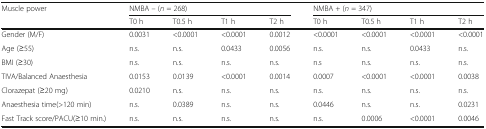
<table><thead><tr><td rowspan="2"><b>Muscle power</b></td><td colspan="4"><b>NMBA – (<i>n</i> = 268)</b></td><td colspan="4"><b>NMBA + (<i>n</i> = 347)</b></td></tr><tr><td><b>T0 h</b></td><td><b>T0.5 h</b></td><td><b>T1 h</b></td><td><b>T2 h</b></td><td><b>T0 h</b></td><td><b>T0.5 h</b></td><td><b>T1 h</b></td><td><b>T2 h</b></td></tr></thead><tbody><tr><td>Gender (M/F)</td><td>0.0031</td><td>&lt;0.0001</td><td>&lt;0.0001</td><td>0.0012</td><td>&lt;0.0001</td><td>&lt;0.0001</td><td>&lt;0.0001</td><td>&lt;0.0001</td></tr><tr><td>Age (≥55)</td><td>n.s.</td><td>n.s.</td><td>0.0433</td><td>0.0056</td><td>n.s.</td><td>n.s.</td><td>0.0433</td><td>n.s.</td></tr><tr><td>BMI (≥30)</td><td>n.s.</td><td>n.s.</td><td>n.s.</td><td>n.s.</td><td>n.s</td><td>n.s.</td><td>n.s.</td><td>n.s.</td></tr><tr><td>TIVA/Balanced Anaesthesia</td><td>0.0153</td><td>0.0139</td><td>&lt;0.0001</td><td>0.0014</td><td>0.0007</td><td>&lt;0.0001</td><td>&lt;0.0001</td><td>0.0038</td></tr><tr><td>Clorazepat (≥20 mg)</td><td>0.0210</td><td>n.s.</td><td>n.s.</td><td>n.s.</td><td>n.s.</td><td>n.s.</td><td>n.s.</td><td>n.s.</td></tr><tr><td>Anaesthesia time(&gt;120 min)</td><td>n.s.</td><td>0.0389</td><td>n.s.</td><td>n.s.</td><td>0.0446</td><td>n.s.</td><td>n.s.</td><td>0.0231</td></tr><tr><td>Fast Track score/PACU(≥10 min.)</td><td>n.s.</td><td>n.s.</td><td>n.s.</td><td>n.s.</td><td>n.s.</td><td>0.0006</td><td>&lt;0.0001</td><td>0.0046</td></tr></tbody></table>